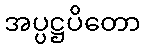
အပ္ပဋ္ဌပိတော